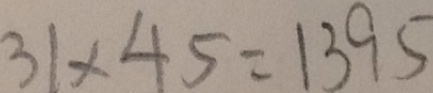
3 1 \times 4 5 = 1 3 9 5